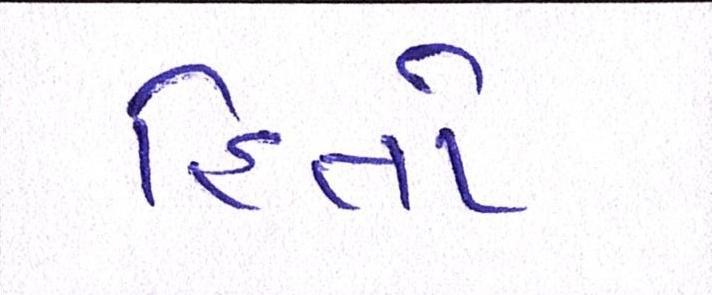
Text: હિતો